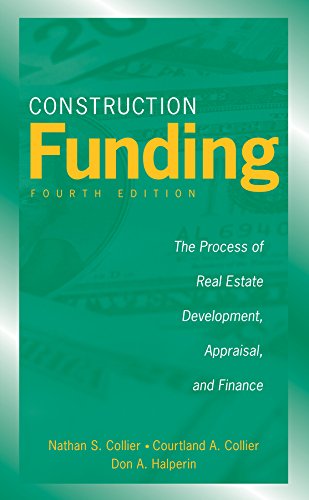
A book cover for Construction Funding: The Process of Real Estate Development, Appraisal, and Finance; Nathan S. Collier; Business & Money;